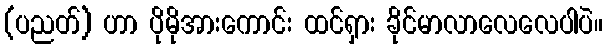
(ပညတ်) ဟာ ပိုမိုအားကောင်း ထင်ရှား ခိုင်မာလာလေလေပါပဲ။